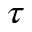
\tau